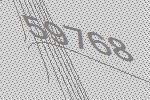
59768